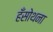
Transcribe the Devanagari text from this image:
हँसोथना